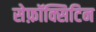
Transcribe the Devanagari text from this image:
सेफ़ॉक्सिटिन